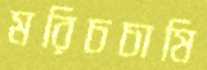
মরিচচাষি